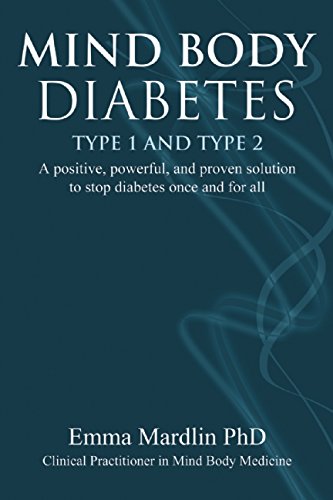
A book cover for Mind Body Diabetes Type 1 and Type 2: A Positive, Powerful, and Proven Solution to Stop Diabetes Once and For All; Emma Mardlin; Health, Fitness & Dieting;